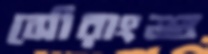
সৌরাংশু